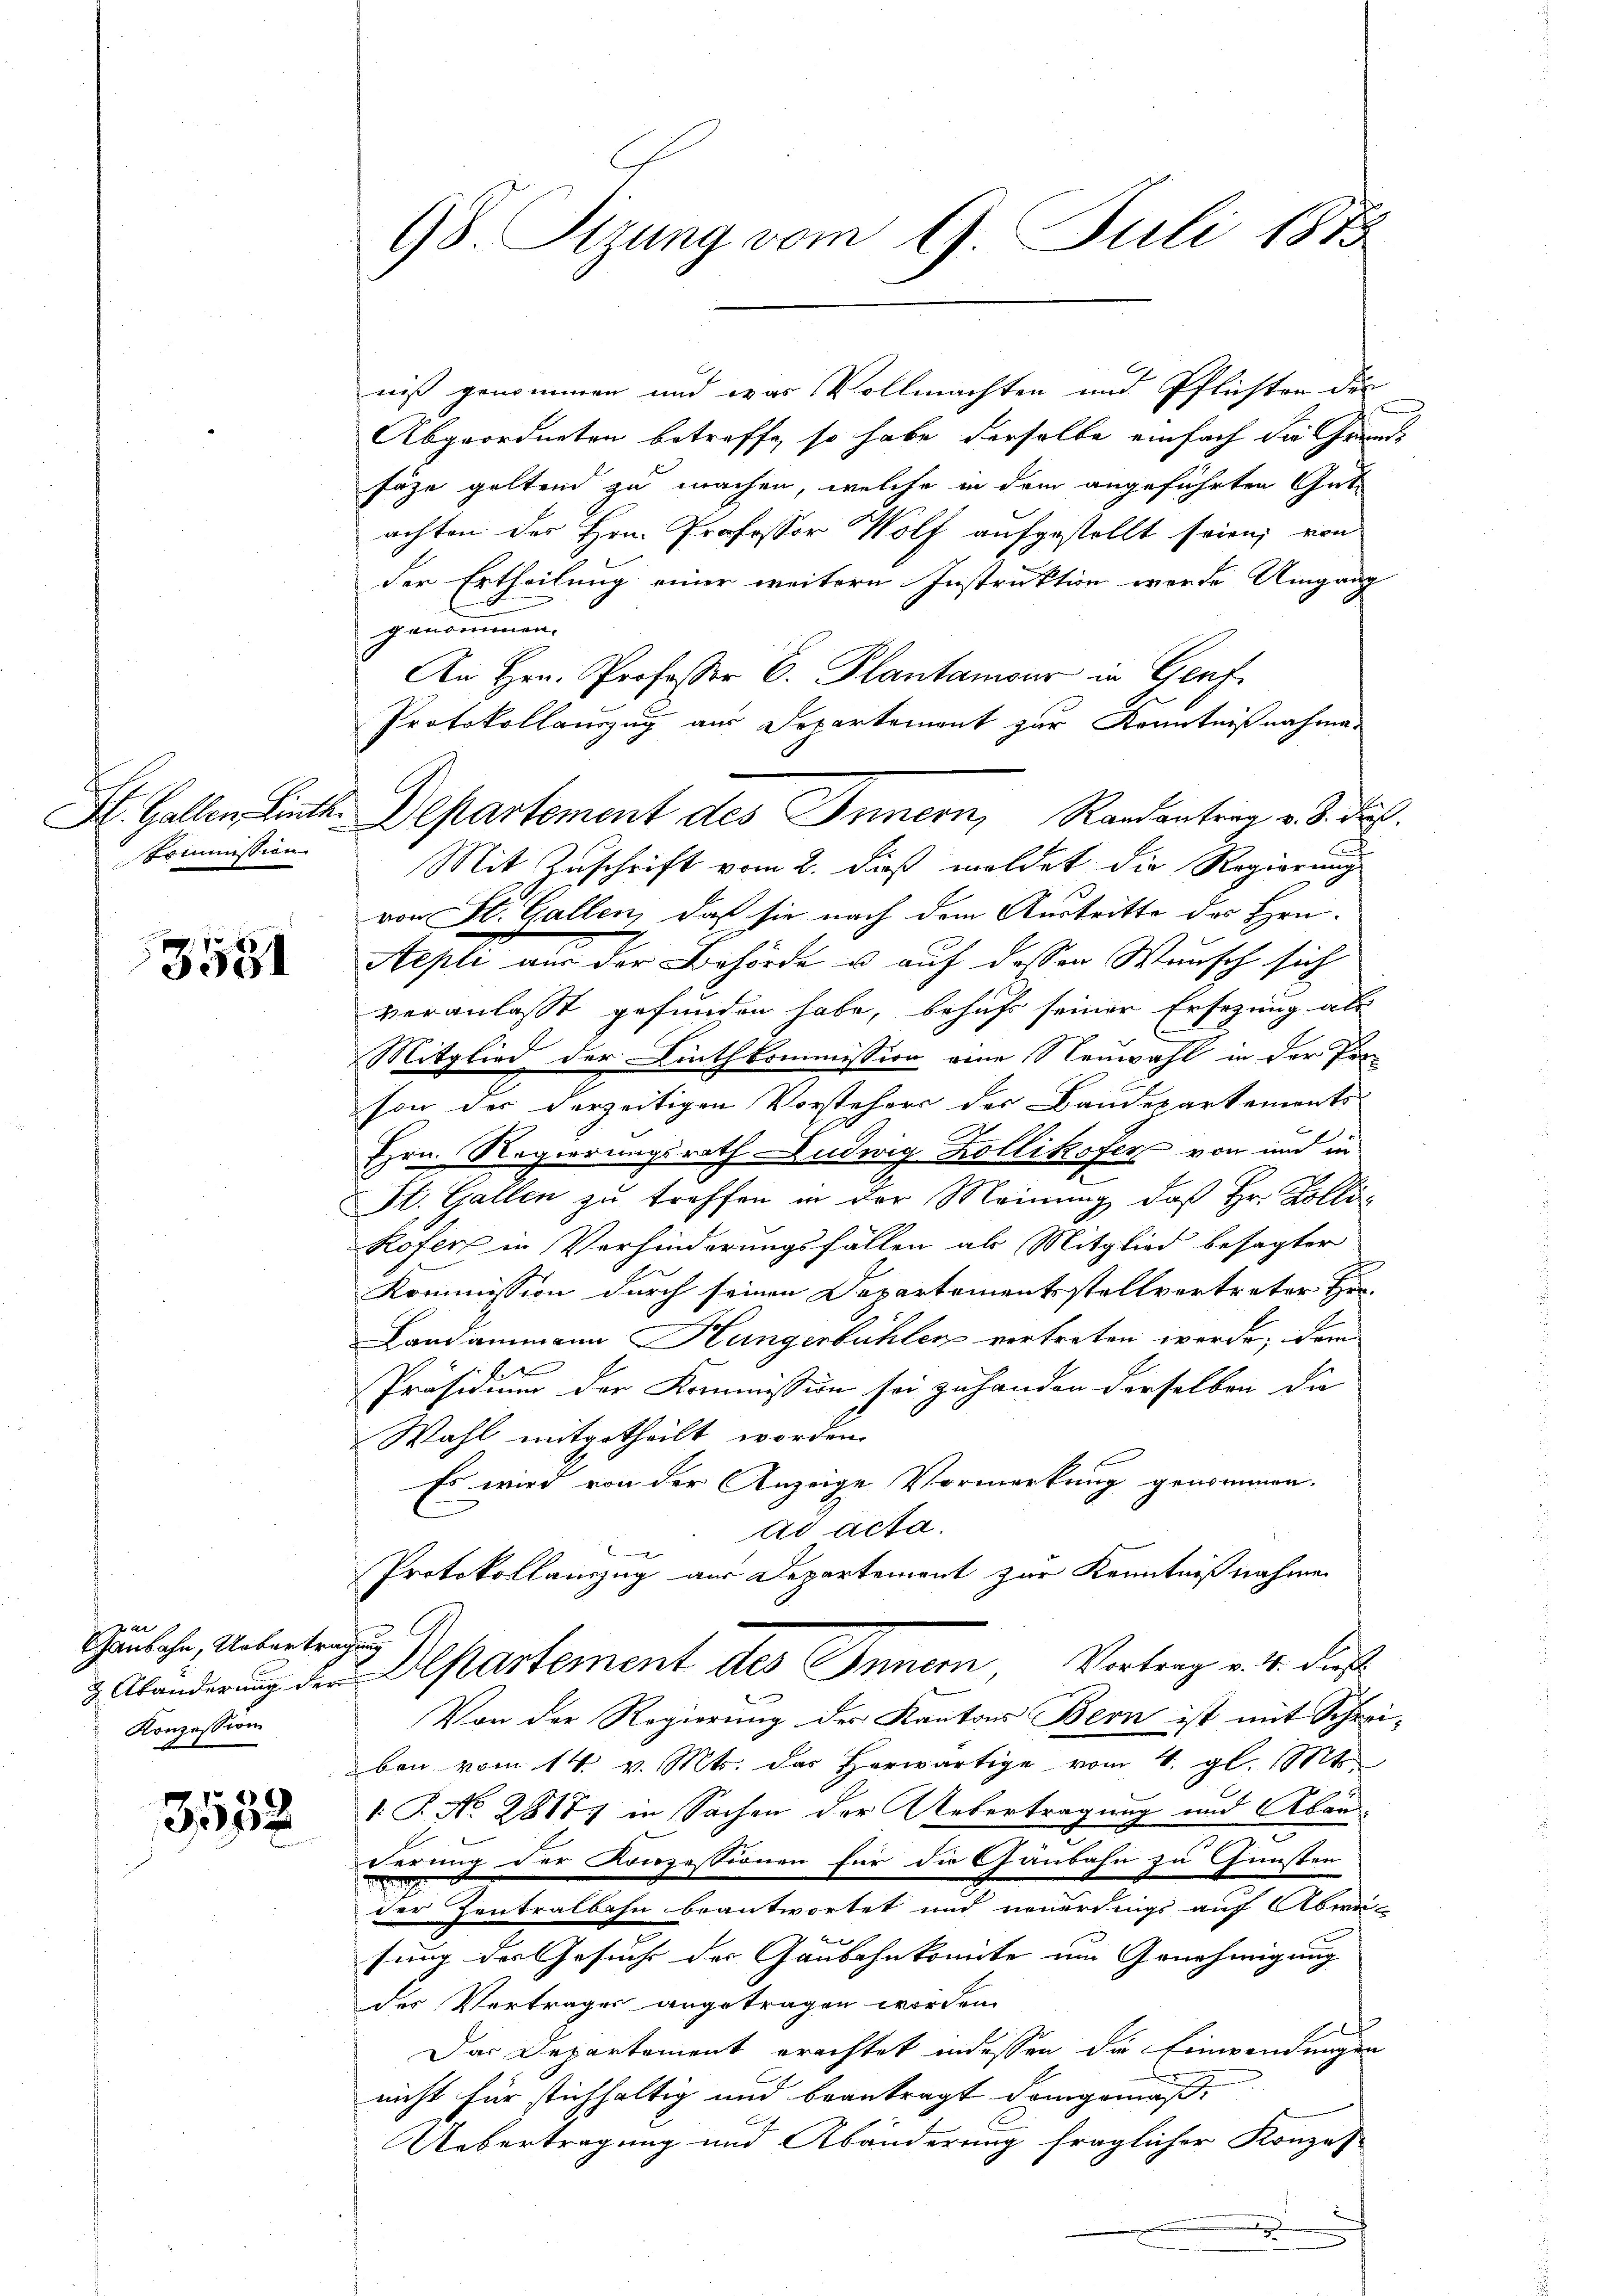
Tommission

3581

zar
Sanbahn, Uebertragung
Konzession

2
3512

98. Sizung vom 9. Juli 1873

niß genommen und was Vollmachten und Pflichten des
Abgeordneten betreffe, so habe derselbe einfach die Grund-
Fäze geltend zu machen, welche in dem angeführten Gut
achten der Hrn. Professor Wolf aufgestellt seien; von
der Ertheilung einer weitern Instruktion werde Umgang
genommen.
An Hrn. Professor C. Plantamour in Genf
Protokollauszug aus Departement zur Kenntnißnahme-
C
Mit Zuschrift vom 2. dieß meldet die Regierung
von St. Gallen, daß sie nach dem Austritte des Hrn.
Aepli aus der Behörde u. auf dessen Wunsch sich
veranlasst gefunden habe, behufs seiner Ersezung als
Mitglied der Linthkommission eine Neuwahl in der Pro-
son der derzeitigen Vorstehers des Baudepartements
Hrn. Regierungsrath Ludwig Kollikofer von und in
St. Gallen zu treffen in der Meinung, daß Hr. Zolli¬
Rofen in Verhinderungsfällen als Mitglied besagter
Kommission durch seinen Departementsstellvertreter Her
Landammann Hungerbühler vertreten werde; dem
b
Präsidium der Kommission sei zuhanden derselben die
Wahl mitgetheilt worden.
Es wird von der Anzeige Vormerkung genommen.
ad acta.
Protokollauszug aus Departement zur Kenntnißnahmen

& Abänderŭng der Alftartement des Innern Vortrag v. 4. dieß
Von der Regierung der Kantons Bern ist mit Schreiben vom 14. v. Mts. das herwärtige vom 4. gl. Mt
1. P. No 28177 in Sachen der Uebertragung und Abänerung der Konzessionen für die Gänbahn zu Gunsten
der Zentralbahn beantwortet und neuerdings auf Abwei-
sung des Gesuche der Gaubahnkomite um Genehmigung |
der Vertrages angetragen worden.
Das Departement erachtet indessen die Einwendungen
nicht für stichhaltig und beantragt demgemäß,
Uebertragung und Abänderung fraglicher Konzes
a

St. Gallen Linth. Departement des Innern, Randantrag v. 3. daß